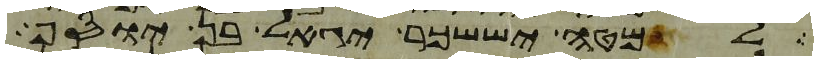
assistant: למטה יששכר יגאל בן יוסף